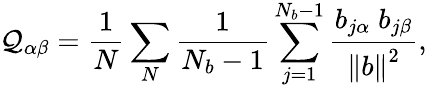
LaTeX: \mathcal{Q}_{\alpha\beta}=\frac{{1}}{{N}}\sum_{N}\frac{{1}}{{N_{b}-1}}\sum_{j=1}^{N_{b}-1}\frac{{{b_{j\alpha}\; b_{j\beta}}}}{{\left\| b\right\| ^{2}}},